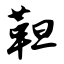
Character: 靼